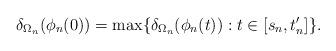
LaTeX: \begin{align*}\delta_{\Omega_n}(\phi_n(0)) = \max \{ \delta_{\Omega_n}(\phi_n(t)) : t \in [s_n, t_n^\prime] \}.\end{align*}